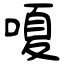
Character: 嗄